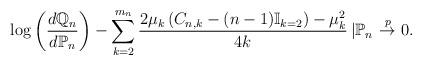
LaTeX: \begin{align*} \log \left( \frac{d\mathbb{Q}_{n}}{d\mathbb{P}_{n}} \right)- \sum_{k=2}^{m_{n}} \frac{2\mu_{k} \left( C_{n,k}- (n-1)\mathbb{I}_{k=2} \right)-\mu_{k}^2}{4k} \left| \mathbb{P}_{n} \right. \stackrel{p}{\to} 0. \end{align*}